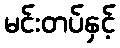
မင်းတပ်နှင့်